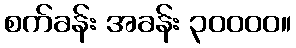
စက်ခန်း အခန်း ၃၀၀၀၀။